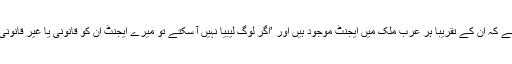
صرف عبدالعزیز کا دعویٰ ہے کہ ان کے تقریباً ہر عرب ملک میں ایجنٹ موجود ہیں اور ’اگر لوگ لیبیا نہیں آ سکتے تو میرے ایجنٹ ان کو قانونی یا غیر قانونی طور پر لیبیا لا سکتے ہیں‘۔